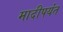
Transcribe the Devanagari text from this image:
मादीपर्यंत